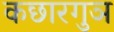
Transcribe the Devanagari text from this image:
कछारगुञ